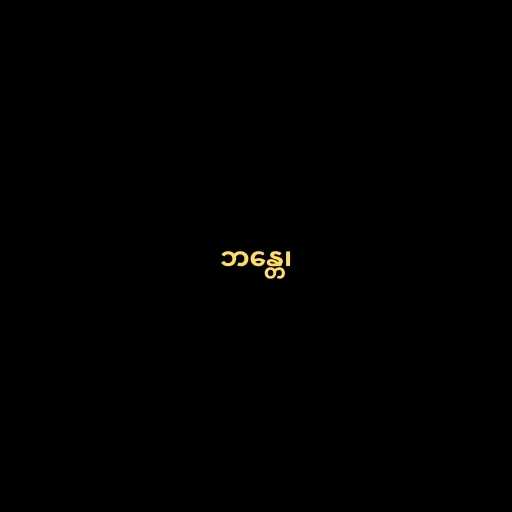
ဘန္တေ၊